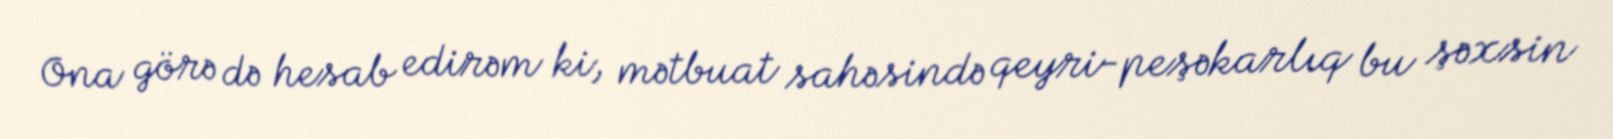
Ona görə də hesab edirəm ki, mətbuat sahəsində qeyri-peşəkarlıq bu şəxsin